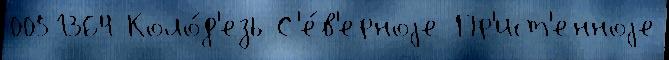
0051364 Коло́д'езь С'е́в'ерноjе Пр'ист'енноjе